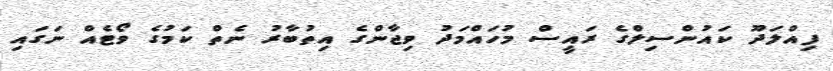
ފިއްލަދޫ ކައުންސިލްގެ ރައީސް މުހައްމަދު ވިޖާންގެ އިތުބާރު ނެތް ކަމުގެ ވޯޓެއް ނަގައި